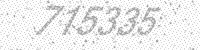
Solution: 715335